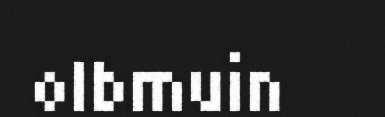
olbmuin